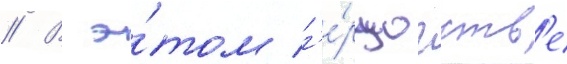
// В э́том г'е́рцогств'е